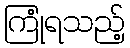
ကြုံရသည့်